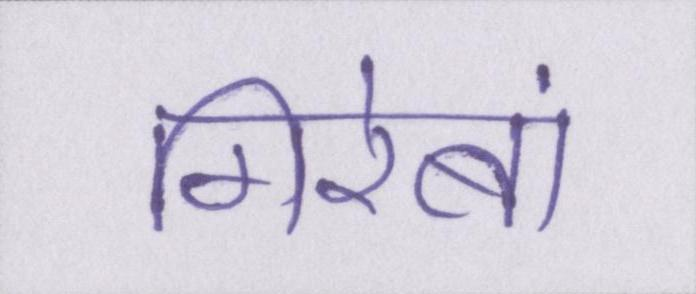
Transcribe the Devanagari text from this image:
गिरेबां